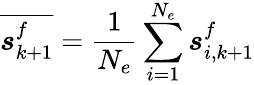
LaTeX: \overline{{\boldsymbol{s}_{k+1}^{f}}}=\frac{1}{N_{e}}\sum_{i=1}^{N_{e}}\boldsymbol{s}_{i,k+1}^{f}